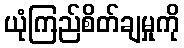
ယုံကြည်စိတ်ချမှုကို